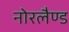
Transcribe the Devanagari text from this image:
नोरलैण्ड